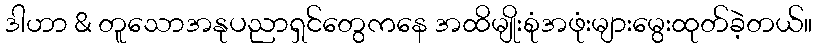
ဒါဟာ & တူသောအနုပညာရှင်တွေကနေ အထိမျိုးစုံအဖုံးများမွေးထုတ်ခဲ့တယ်။